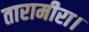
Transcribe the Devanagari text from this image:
तारामीरा।